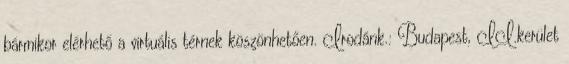
bármikor elérhető a virtuális térnek köszönhetően. Irodánk.: Budapest, II.kerület